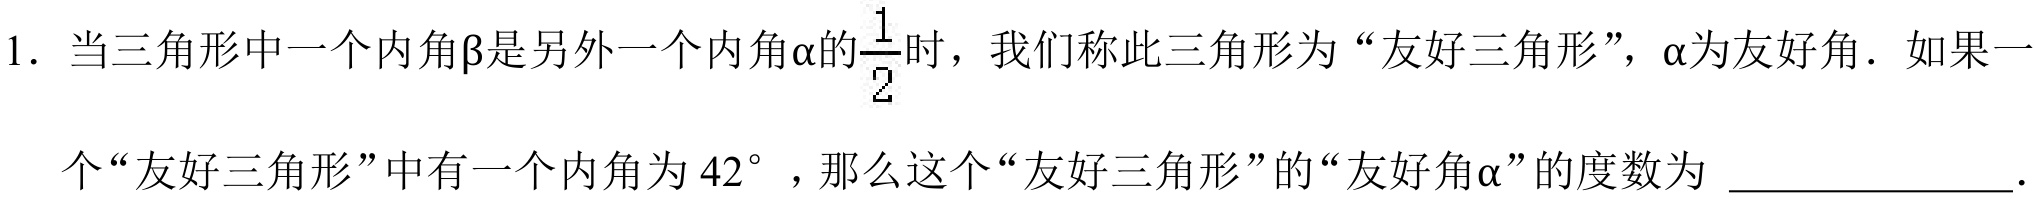
1. 当三角形中一个内角\(\beta\)是另外一个内角\(\alpha\)的\(\frac{1}{2}\)时，我们称此三角形为“友好三角形”，\(\alpha\)为友好角. 如果一
个“友好三角形”中有一个内角为\(42^{\circ}\)，那么这个“友好三角形”的“友好角\(\alpha\)”的度数为 \(\underline{\quad\quad}\).